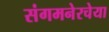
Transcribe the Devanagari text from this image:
संगमनेरचेया